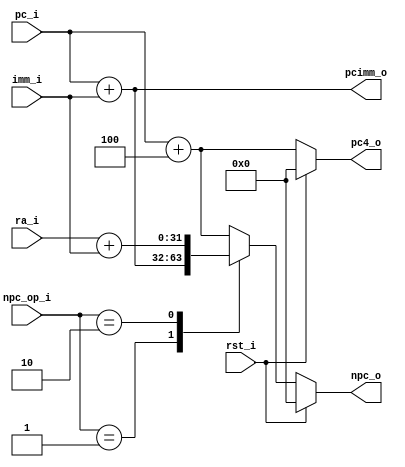
module next_pc(
    input   wire            rst_i,
    input   wire    [1:0]   npc_op_i,
    input   wire    [31:0]  imm_i,
    input   wire    [31:0]  ra_i,
    input   wire    [31:0]  pc_i,
    output  reg     [31:0]  npc_o,
    output  reg     [31:0]  pc4_o,
    output  reg     [31:0]  pcimm_o
);

wire    [31:0]  pcimm_wire;
assign pcimm_wire = pc_i + imm_i;

always@(*) begin
    if (rst_i) pc4_o = 32'b0;
    else pc4_o = pc_i + 3'b100;
end

always@(*) begin
    if (rst_i) npc_o = 32'b0;
    else begin
        case(npc_op_i)
            2'b00: npc_o = pc_i + 3'b100;
            2'b01: npc_o = pcimm_wire;
            2'b10: npc_o = ra_i + imm_i;
            default: npc_o = pc_i + 3'b100;
        endcase
    end
end

always@(*) begin
    pcimm_o = pcimm_wire;
end

endmodule